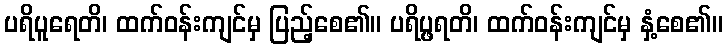
ပရိပူရေတိ၊ ထက်ဝန်းကျင်မှ ပြည့်စေ၏။ ပရိပ္ဖရတိ၊ ထက်ဝန်းကျင်မှ နှံ့စေ၏။